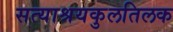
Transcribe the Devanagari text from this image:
सत्याश्रयकुलतिलक